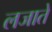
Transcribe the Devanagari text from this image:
लजाते